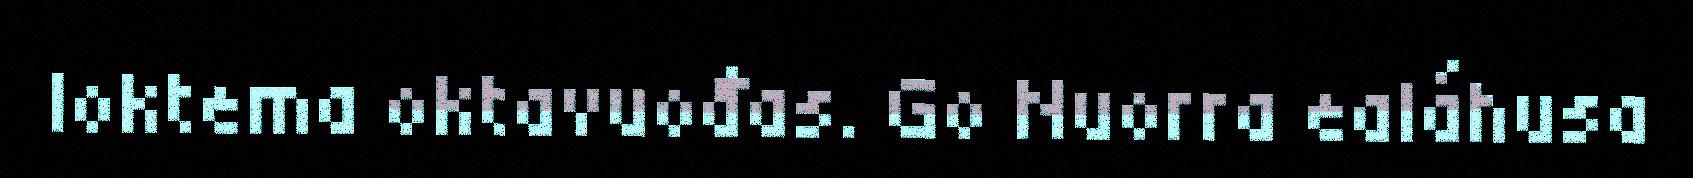
loktema oktavuođas. Go Nuorra ealáhusa